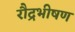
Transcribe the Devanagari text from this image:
रौद्रभीषण